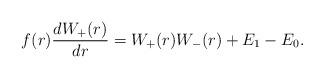
LaTeX: \begin{align*} f(r) \frac{dW_+(r)}{dr} = W_+(r) W_-(r) + E_1 - E_0. \end{align*}